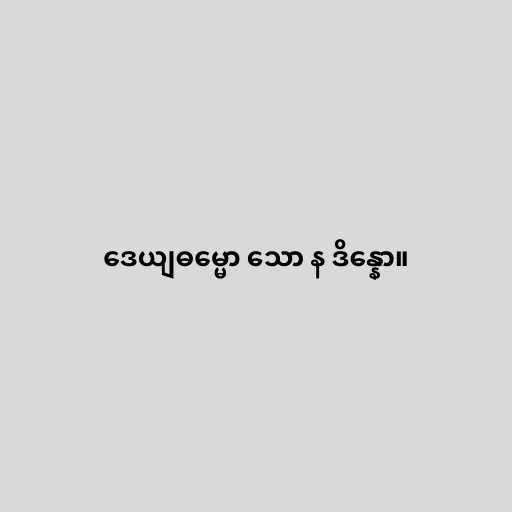
ဒေယျဓမ္မော သော န ဒိန္နော။